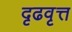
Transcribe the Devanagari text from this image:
दृढवृत्त